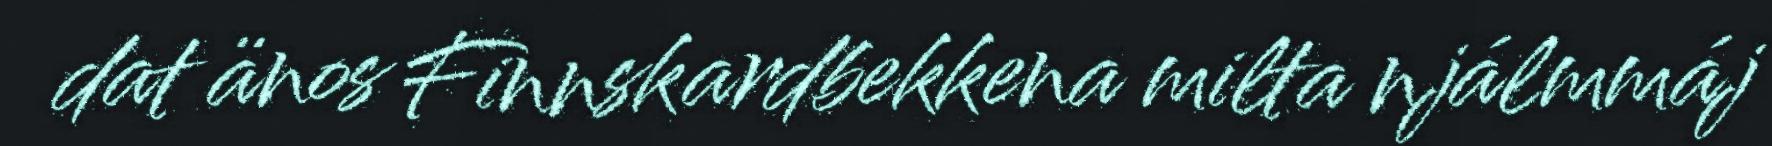
dat änos Finnskardbekkena milta njálmmáj